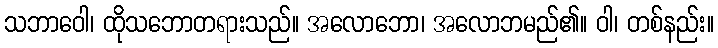
သဘာဝေါ၊ ထိုသဘောတရားသည်။ အလောဘော၊ အလောဘမည်၏။ ဝါ၊ တစ်နည်း။